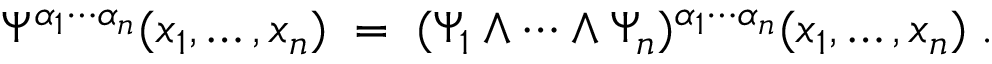
\Psi ^ { \alpha _ { 1 } \cdots \alpha _ { n } } ( x _ { 1 } , \ldots , x _ { n } ) \; = \; ( \Psi _ { 1 } \wedge \cdots \wedge \Psi _ { n } ) ^ { \alpha _ { 1 } \cdots \alpha _ { n } } ( x _ { 1 } , \ldots , x _ { n } ) \; .